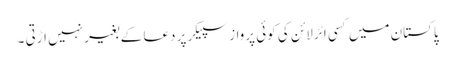
پاکستان میں کسی ائرلائن کی کوئی پرواز سپیکر پر دعا کے بغیر نہیں اڑتی ۔